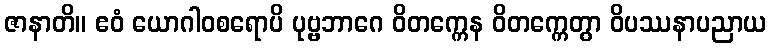
ဇာနာတိ။ ဧဝံ ယောဂါဝစရောပိ ပုဗ္ဗဘာဂေ ဝိတက္ကေန ဝိတက္ကေတွာ ဝိပဿနာပညာယ